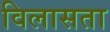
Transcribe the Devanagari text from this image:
विलासता